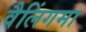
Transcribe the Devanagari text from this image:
वैलिंगमा